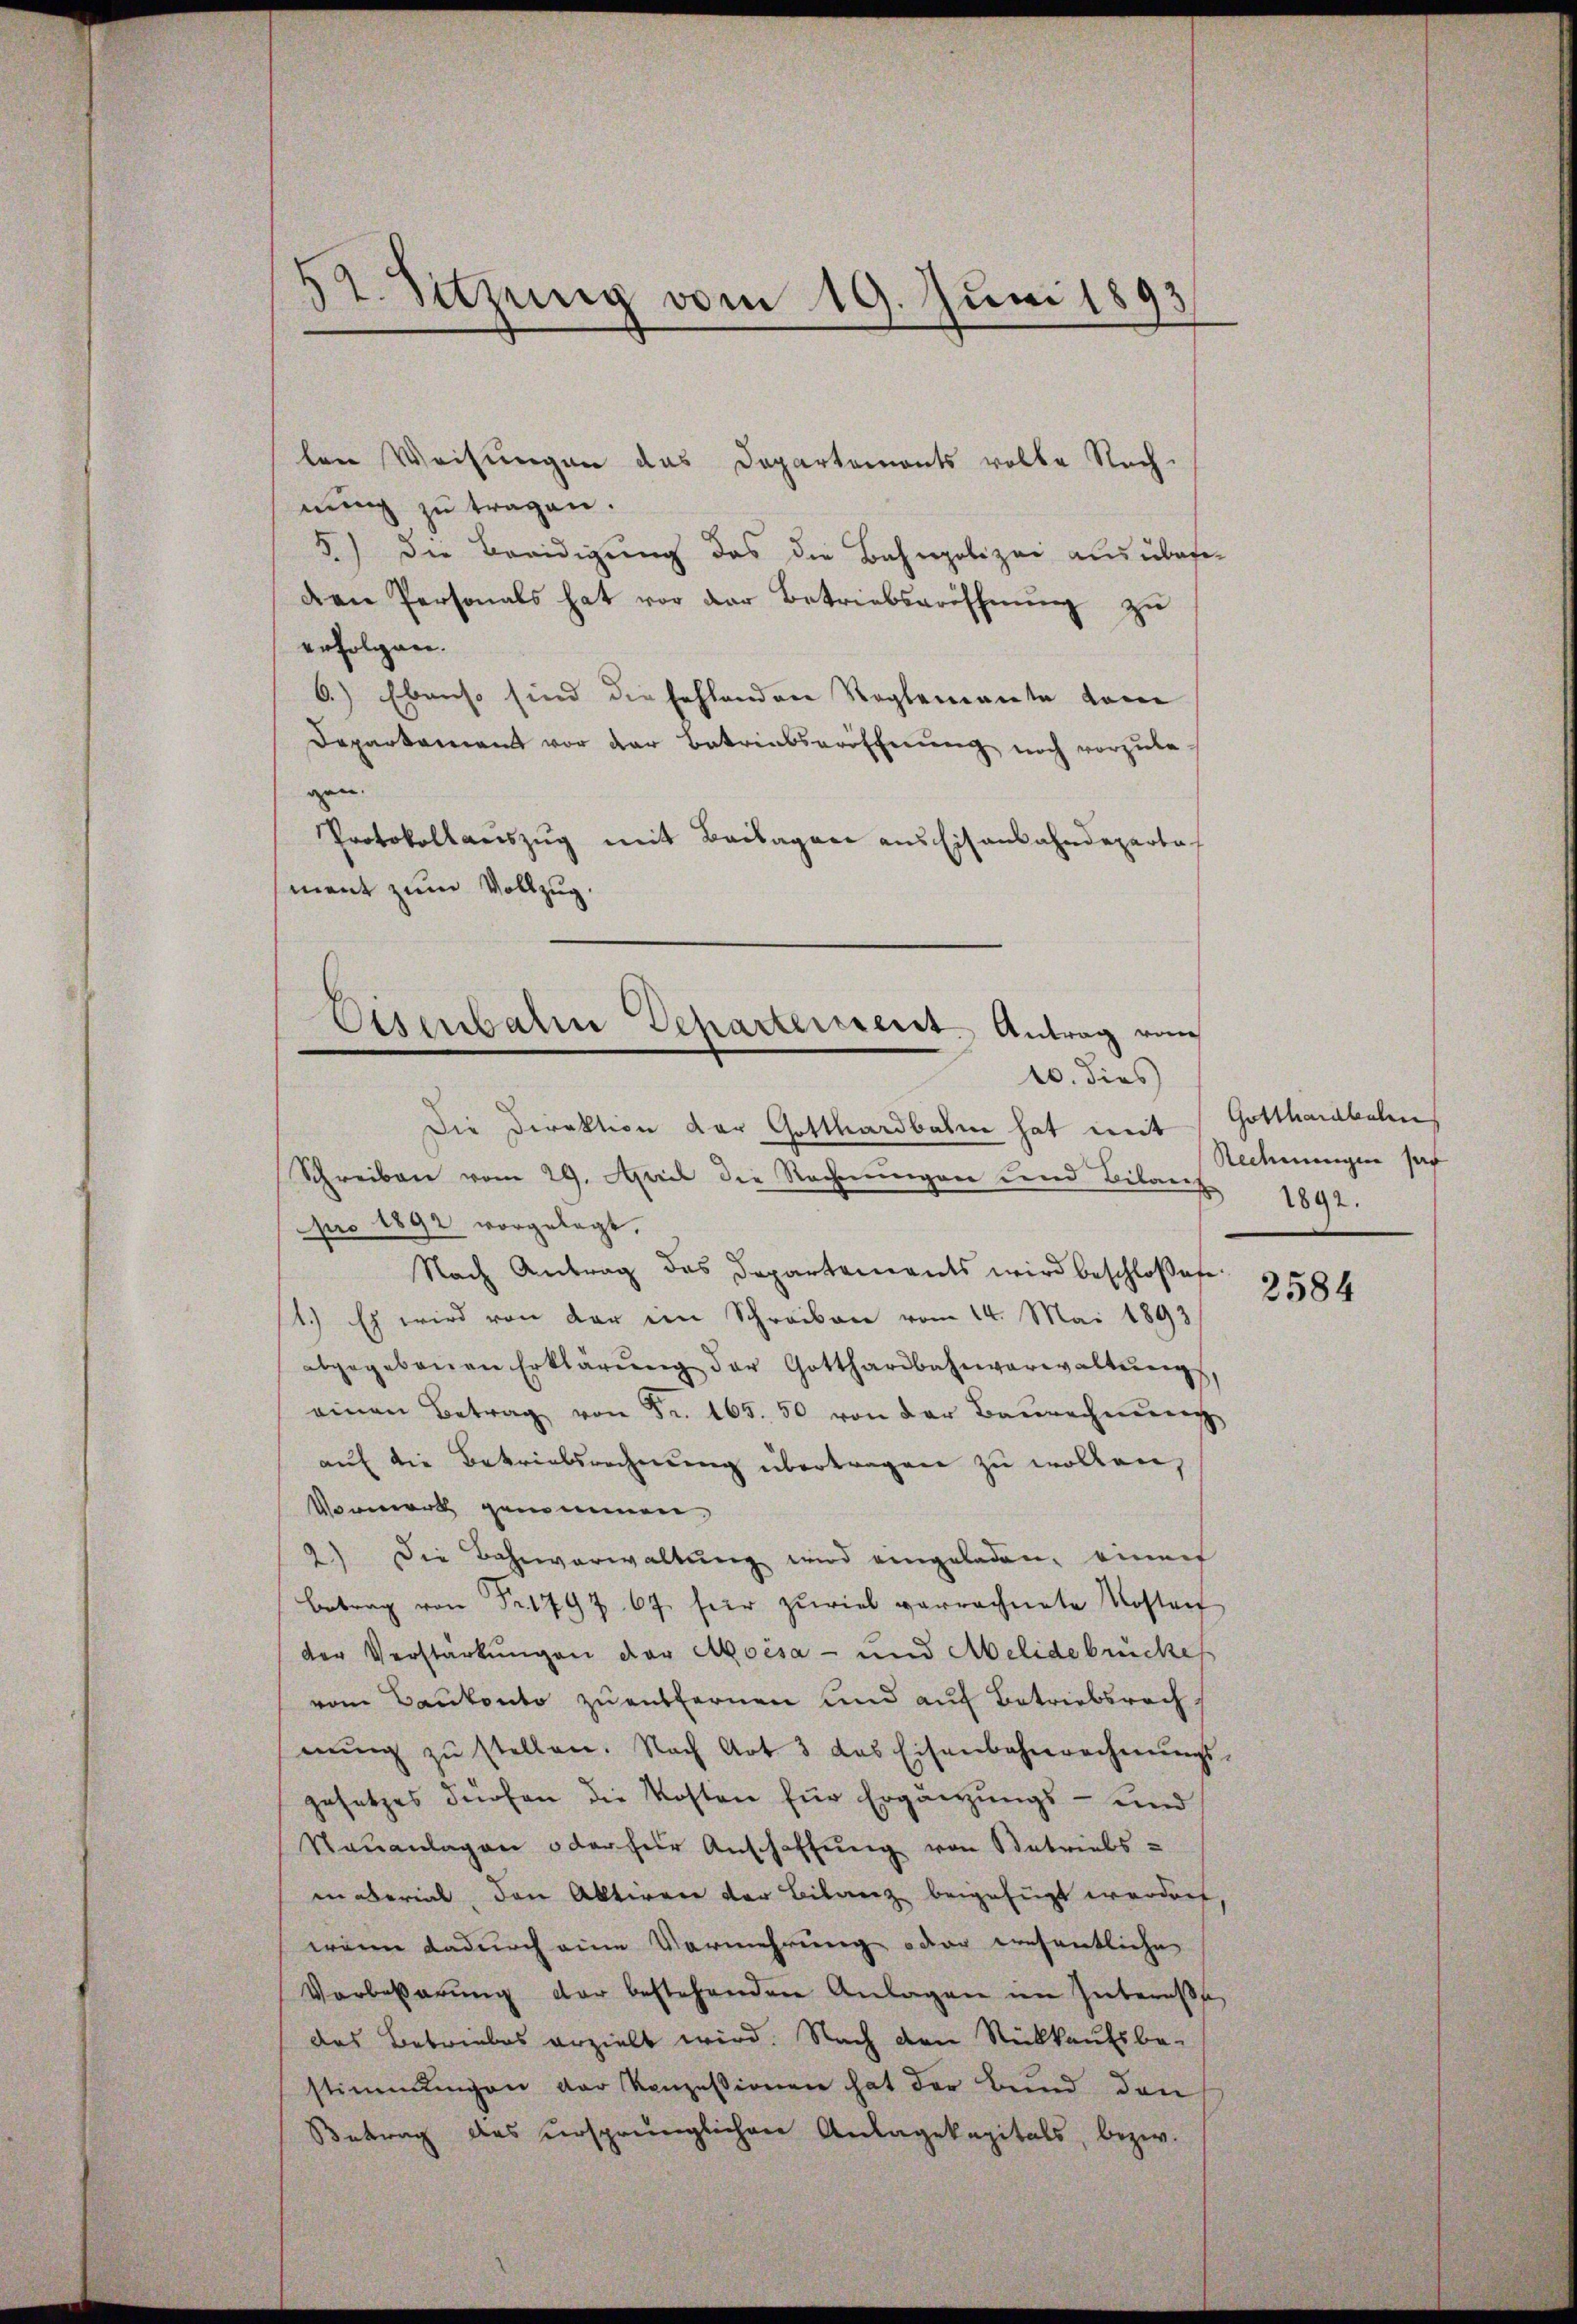
42. Sitzung vom 19. Juni 1893

lene Weisungen das Departemonts volle Nach-
nung zu tragen.
5) die Breidigung das die Bahnpolizei ausüber
den Personals hat vor der Betriebseröffnung zu
erfolgen.
6.) Ebenso sind die fehlenden Reglemente kom
Departament vor der Betriebseröffnŭng noch vorzŭle-
gen.
Protokollauszug mit Baibagare aus Eisenbahndeparta
ment zum Vollzug.

Die Direktion der Gotthardbahn hat mit
Schreiben vom 29. April die Rechnungen und Bilans
pro 1892 vorgelegt.
Nach Antrag das Departements wird beschloßen:
1.) Es wird von der im Schreiben vom 14. Mai 1893
abgegebenen Erklärŭng der Gotthardbahnverwaltŭng,
einen Betrag von Fr. 165. 50 von der Baŭrechnŭng
auf die Betriebsrechnung übertragen zu wollen,
Vorwerk genommen,
2) Die Bahnverwaltung wird eingeladen, einer
Betrag von Fr. 1797. 67. für zuviel verrechnete Kostent
der Verstärkungen der Moisa - und Melidebrückes
vom Baukonto zu entfernen und auf Betriebsrech
nŭng zŭ stellen. Nach Art 3 das Eisenbahnrechnŭngs-
gesetzes dürfen die Kosten für Ergänzungs- und
Nauanlagen oder für Anschaftung von Betriebs-
in berint, den Aktivere der Bilanz beigefügt werden
wenn dadurch eine Vermehrung oder wesentliche
Vorbeßerung der bestehenden Anlagen im Interesse
das Betriebes erzielt wird. Nach den Rückkaufsbe-
stimmungen der Konzessionen hat der Bund den
Betrag das ursprünglichen Anlagekapitals, bezw.

Eisenbahn Departement. Antrag von
10. dies

Gotthardbahn
Redmungen set
1892.

2584